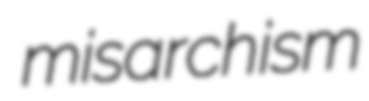
misarchism